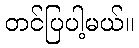
တင်ပြပါ့မယ်။